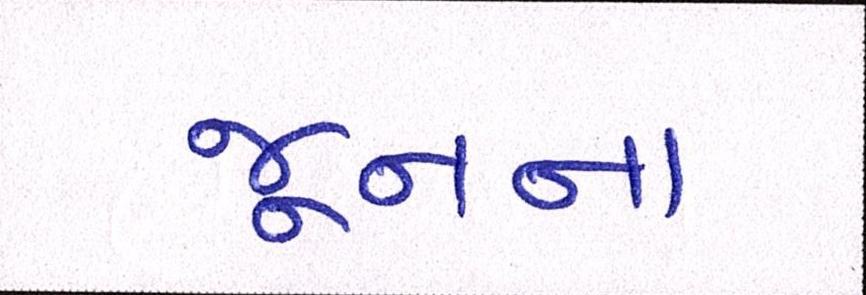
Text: જૂનના